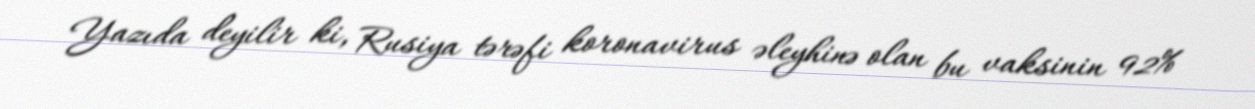
Yazıda deyilir ki, Rusiya tərəfi koronavirus əleyhinə olan bu vaksinin 92%